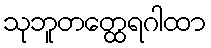
သုဘူတတ္ထေရဂါထာ